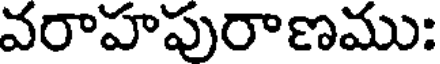
వరాహపురాణము: